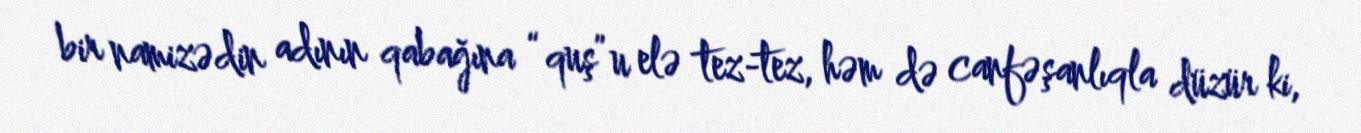
bir namizədin adının qabağına “quş”u elə tez-tez, həm də canfəşanlıqla düzür ki,